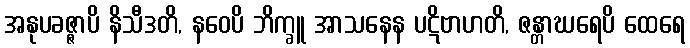
အနုပခဇ္ဇာပိ နိသီဒတိ, နဝေပိ ဘိက္ခူ အာသနေန ပဋိဗာဟတိ, ဇန္တာဃရေပိ ထေရေ